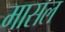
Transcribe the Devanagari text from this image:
मासल